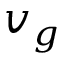
v _ { g }